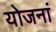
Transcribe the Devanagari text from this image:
योजनां